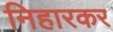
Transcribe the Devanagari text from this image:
निहारकर